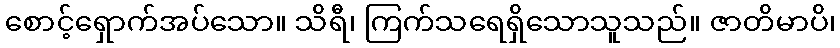
စောင့်ရှောက်အပ်သော။ သိရီ၊ ကြက်သရေရှိသောသူသည်။ ဇာတိမာပိ၊